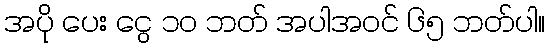
အပို ပေး ငွေ ၁၀ ဘတ် အပါအဝင် ၆၅ ဘတ်ပါ။